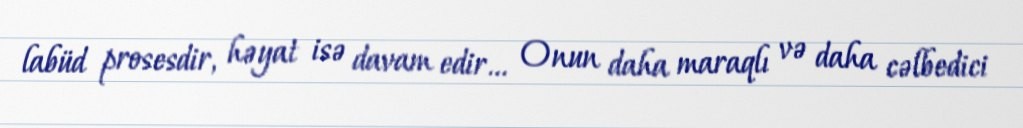
labüd prosesdir, həyat isə davam edir... Onun daha maraqlı və daha cəlbedici